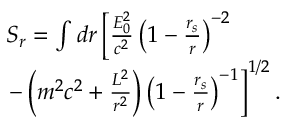
\begin{array} { l } { S _ { r } = \int d r \left[ \frac { { \cal { E } } _ { 0 } ^ { 2 } } { c ^ { 2 } } \left( 1 - \frac { r _ { s } } { r } \right) ^ { - 2 } \right. } \\ { \left. - \left( m ^ { 2 } c ^ { 2 } + \frac { { \cal { L } } ^ { 2 } } { r ^ { 2 } } \right) \left( 1 - \frac { r _ { s } } { r } \right) ^ { - 1 } \right] ^ { 1 / 2 } . } \end{array}